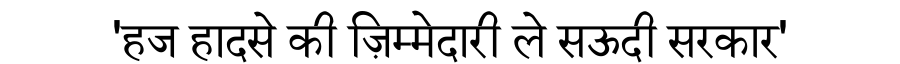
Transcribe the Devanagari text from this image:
'हज हादसे की ज़िम्मेदारी ले सऊदी सरकार'